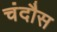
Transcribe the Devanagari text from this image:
चंदौस